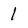
Character: 1